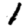
Digit: 1